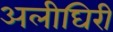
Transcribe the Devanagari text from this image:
अलीघिरी